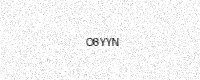
Text: O8YYN